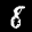
Label: 8